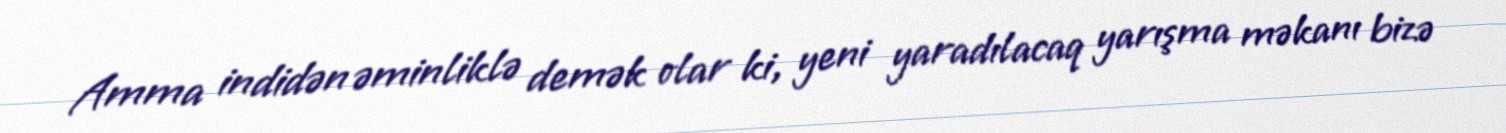
Amma indidən əminliklə demək olar ki, yeni yaradılacaq yarışma məkanı bizə